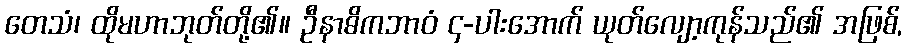
တေသံ၊ ထိုမဟာဘုတ်တို့၏။ ဦနာဓိကဘာဝံ ၄-ပါးအောက် ယုတ်လျော့ကုန်သည်၏ အဖြစ်,